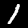
Digit: 1